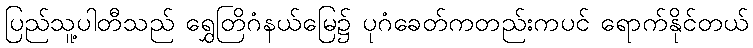
ပြည်သူ့ပါတီသည် ရွှေတြိဂံနယ်မြေ၌ ပုဂံခေတ်ကတည်းကပင် ရောက်နိုင်တယ်